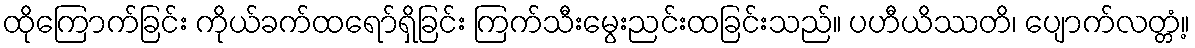
ထိုကြောက်ခြင်း ကိုယ်ခက်ထရော်ရှိခြင်း ကြက်သီးမွေးညင်းထခြင်းသည်။ ပဟီယိဿတိ၊ ပျောက်လတ္တံ့။